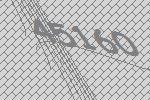
45160